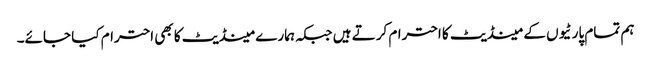
ہم تمام پارٹیوں کے مینڈیٹ کا احترام کرتے ہیں جبکہ ہمارے مینڈیٹ کا بھی احترام کیا جائے۔